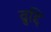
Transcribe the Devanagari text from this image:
व्रुद्दि